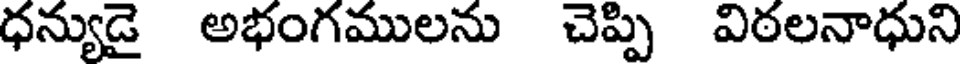
ధన్యుడై అభంగములను చెప్పి విఠలనాధుని